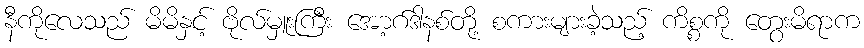
နီကိုလေသည် မိမိနှင့် ဗိုလ်မှူးကြီး အော့ဂ်ဒါနစ်တို့ စကားများခဲ့သည့် ကိစ္စကို တွေးမိရာက